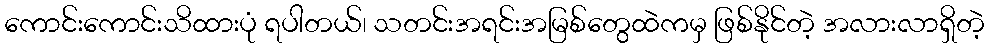
ကောင်းကောင်းသိထားပုံ ရပါတယ်၊ သတင်းအရင်းအမြစ်တွေထဲကမှ ဖြစ်နိုင်တဲ့ အလားလာရှိတဲ့